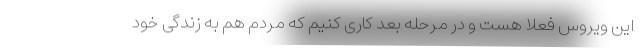
این ویروس فعلا هست و در مرحله بعد کاری کنیم که مردم هم به زندگی خود